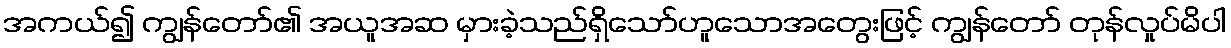
အကယ်၍ ကျွန်တော်၏ အယူအဆ မှားခဲ့သည်ရှိသော်ဟူသောအတွေးဖြင့် ကျွန်တော် တုန်လှုပ်မိပါ